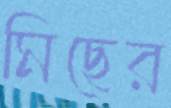
মিছের